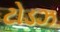
ટોડઝ